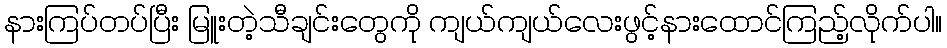
နားကြပ်တပ်ပြီး မြူးတဲ့သီချင်းတွေကို ကျယ်ကျယ်လေးဖွင့်နားထောင်ကြည့်လိုက်ပါ။